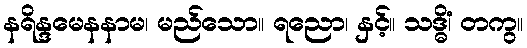
နရိန္ဒမေနနာမ၊ မည်သော။ ရညော၊ နှင့်။ သဒ္ဓိံ၊ တကွ။